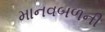
માનવબળની